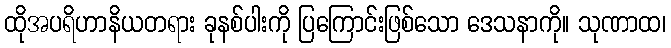
ထိုအပရိဟာနိယတရား ခုနစ်ပါးကို ပြကြောင်းဖြစ်သော ဒေသနာကို။ သုဏာထ၊